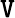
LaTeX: \mathtt{V}